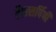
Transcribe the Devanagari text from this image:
तैलसर्पिषी